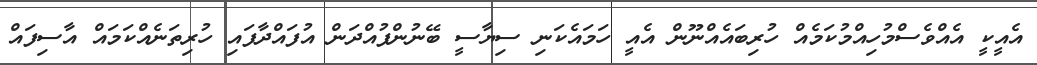
އެއީކީ އެއްވެސްމުހިއްމުކަމެއް ހުރިބައެއްނޫން އެއީ ހަމައެކަނި ސިޔާސީ ބޭނުންފުއްދަން އުފައްދާފައި ހުރިތަނެއްކަމައް އާސިފައް